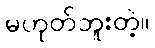
မဟုတ်ဘူးတဲ့။